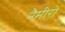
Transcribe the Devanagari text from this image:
नैमीरो